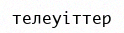
телеуіттер